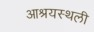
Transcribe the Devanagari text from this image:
आश्रयस्थली